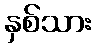
နှစ်သား